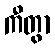
ကီတွာ